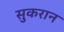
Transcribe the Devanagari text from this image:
सुकरान